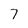
Character: 7